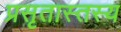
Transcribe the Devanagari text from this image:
प्रसृतास्तस्य